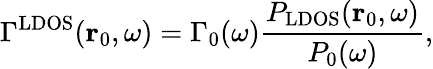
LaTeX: \Gamma^{\mathrm{LDOS}}(\mathbf{r}_{0},\omega)=\Gamma_{0}(\omega)\frac{P_{\mathrm{LDOS}}(\mathbf{r}_{0},\omega)}{P_{0}(\omega)},